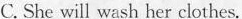
C.She will wash her clothes.